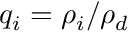
q _ { i } = \rho _ { i } / \rho _ { d }